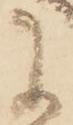
に